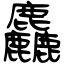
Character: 麤